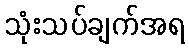
သုံးသပ်ချက်အရ